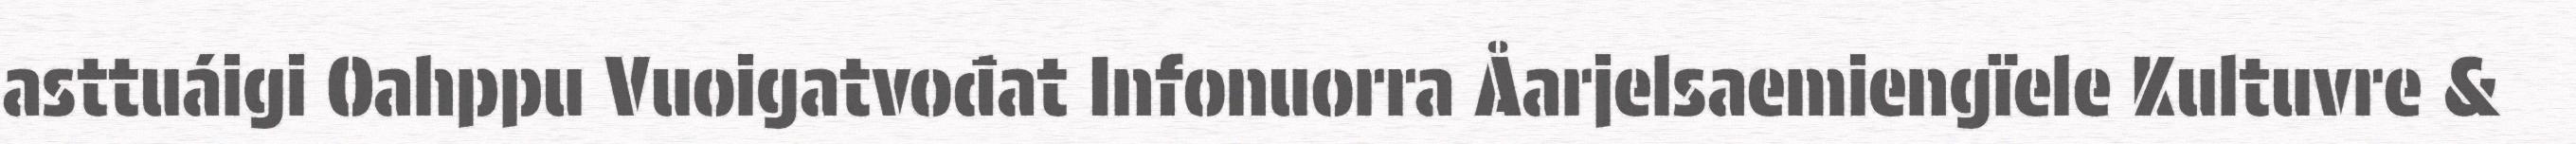
asttuáigi Oahppu Vuoigatvođat Infonuorra Åarjelsaemiengïele Kultuvre &